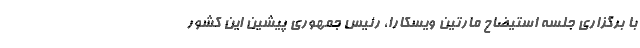
با برگزاری جلسه استیضاح مارتین ویسکارا، رئیس جمهوری پیشین این کشور